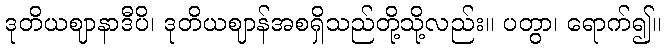
ဒုတိယဈာနာဒီပိ၊ ဒုတိယဈာန်အစရှိသည်တို့သို့လည်း။ ပတွာ၊ ရောက်၍။